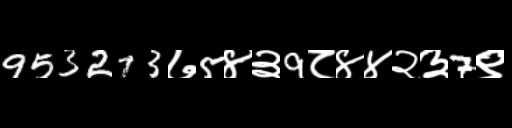
Text: 953273७5४३9८४४२३7९